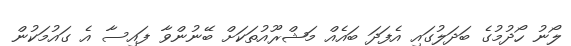
ލޯނު ހޯދުމުގެ ބަދަލުގައި އެފަދަ ބައެއް މަޝްރޫއުތަކަށް ބޭނުންވާ ފައިސާ އެ ގައުމަކުން